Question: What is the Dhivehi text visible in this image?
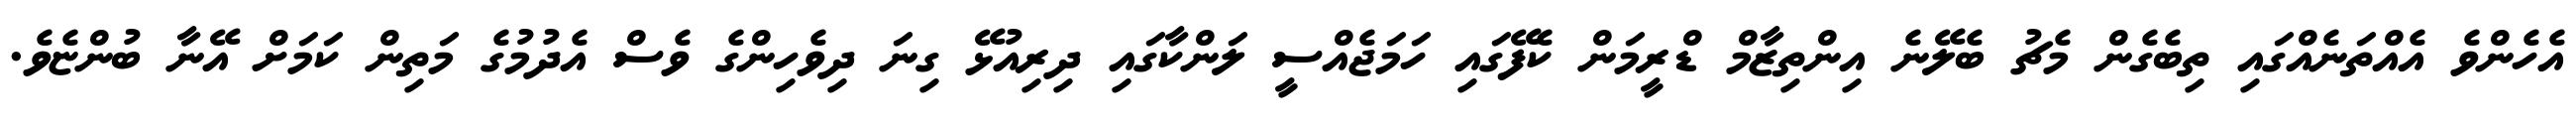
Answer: އެހެންވެ އެއްތަނެއްގައި ތިބެގެން މެޗު ބެލޭނެ އިންތިޒާމް ޑްރީމަން ކެފޭގައި ހަމަޖެއްސީ ލަންކާގައި ދިރިއުޅޭ ގިނަ ދިވެހިންގެ ވެސް އެދުމުގެ މަތިން ކަމަށް އޭނާ ބުންޏެވެ.